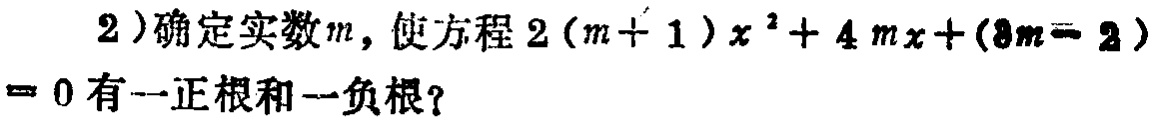
2）确定实数\(m\)，使方程\(2(m + 1)x^{2}+4mx+(3m - 2)=0\)有一正根和一负根？